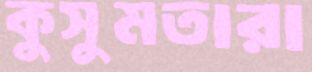
কুসুমতারা